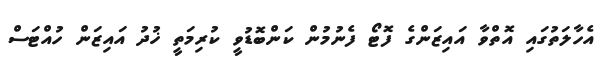
އެހާލަތުގައި އޮތްވާ އައިޒަންގެ ފޮޓޯ ފެނުމުން ކަންބޮޑުވީ ކުރިމަތީ ޚުދު އައިޒަން ހުއްޓަސް